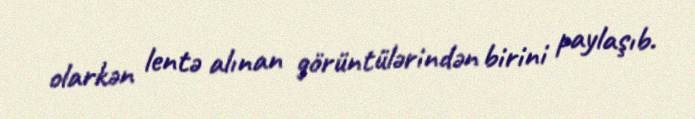
olarkən lentə alınan görüntülərindən birini paylaşıb.